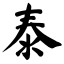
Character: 泰